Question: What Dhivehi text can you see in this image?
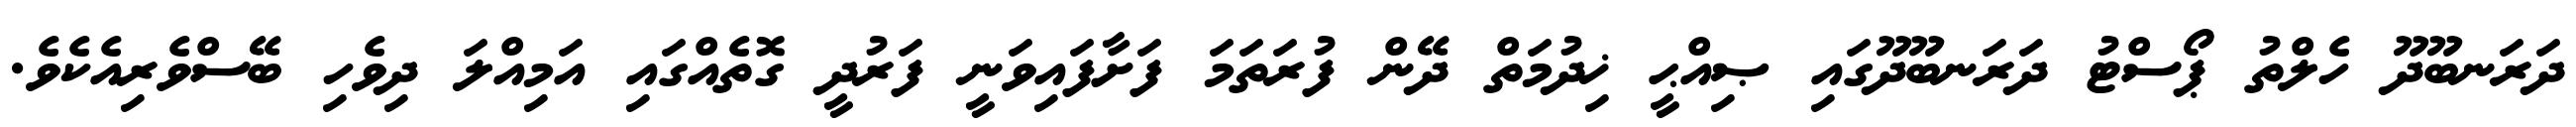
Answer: ދަރަނބޫދޫ ހެލްތު ޕޯސްޓު ދަރަނބޫދޫގައި ޞިއްޙީ ޚިދުމަތް ދޭން ފުރަތަމަ ފަށާފައިވަނީ ފަރުދީ ގޮތެއްގައި އަމިއްލަ ދިވެހި ބޭސްވެރިއެކެވެ.